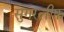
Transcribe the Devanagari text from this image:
सुगरलीफ